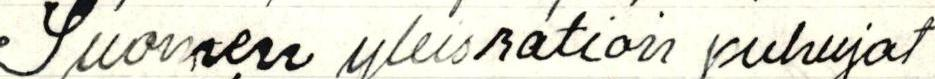
Suomen yleisration puhujat